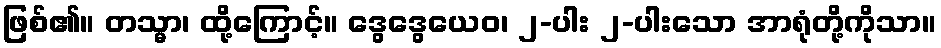
ဖြစ်၏။ တသ္မာ၊ ထို့ကြောင့်။ ဒွေဒွေယေဝ၊ ၂-ပါး ၂-ပါးသော အာရုံတို့ကိုသာ။